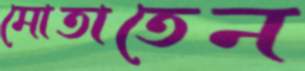
মোতাতেন